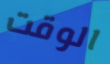
الوقت